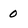
Character: 0